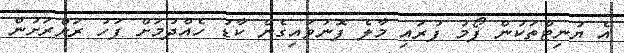
އެ ޔުނިޓްތަކުން ފޯމު ފުރައި މާލެ ފޮނުވައިގެން ކާޑު ހެއްދުމަށް ފަހު ރަށްރަށުން